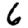
Digit: 6